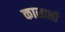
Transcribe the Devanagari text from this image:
कासाली